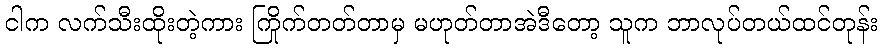
ငါက လက်သီးထိုးတဲ့ကား ကြိုက်တတ်တာမှ မဟုတ်တာအဲဒီတော့ သူက ဘာလုပ်တယ်ထင်တုန်း